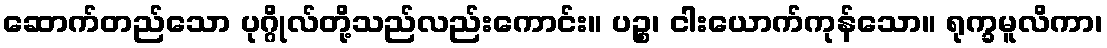
ဆောက်တည်သော ပုဂ္ဂိုလ်တို့သည်လည်းကောင်း။ ပဉ္စ၊ ငါးယောက်ကုန်သော။ ရုက္ခမူလိကာ၊